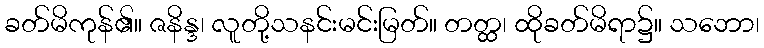
ခတ်မိကုန်၏။ ဇနိန္ဒ၊ လူတို့သနင်းမင်းမြတ်။ တတ္ထ၊ ထိုခတ်မိရာ၌။ သဘော၊